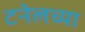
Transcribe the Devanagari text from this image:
टनेलच्या